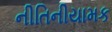
નીતિનીયામક